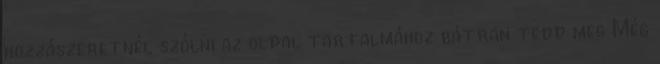
hozzászeretnél szólni az oldal tartalmához bátran tedd meg Még